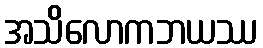
အသိလောကဘယဿ